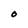
Character: O